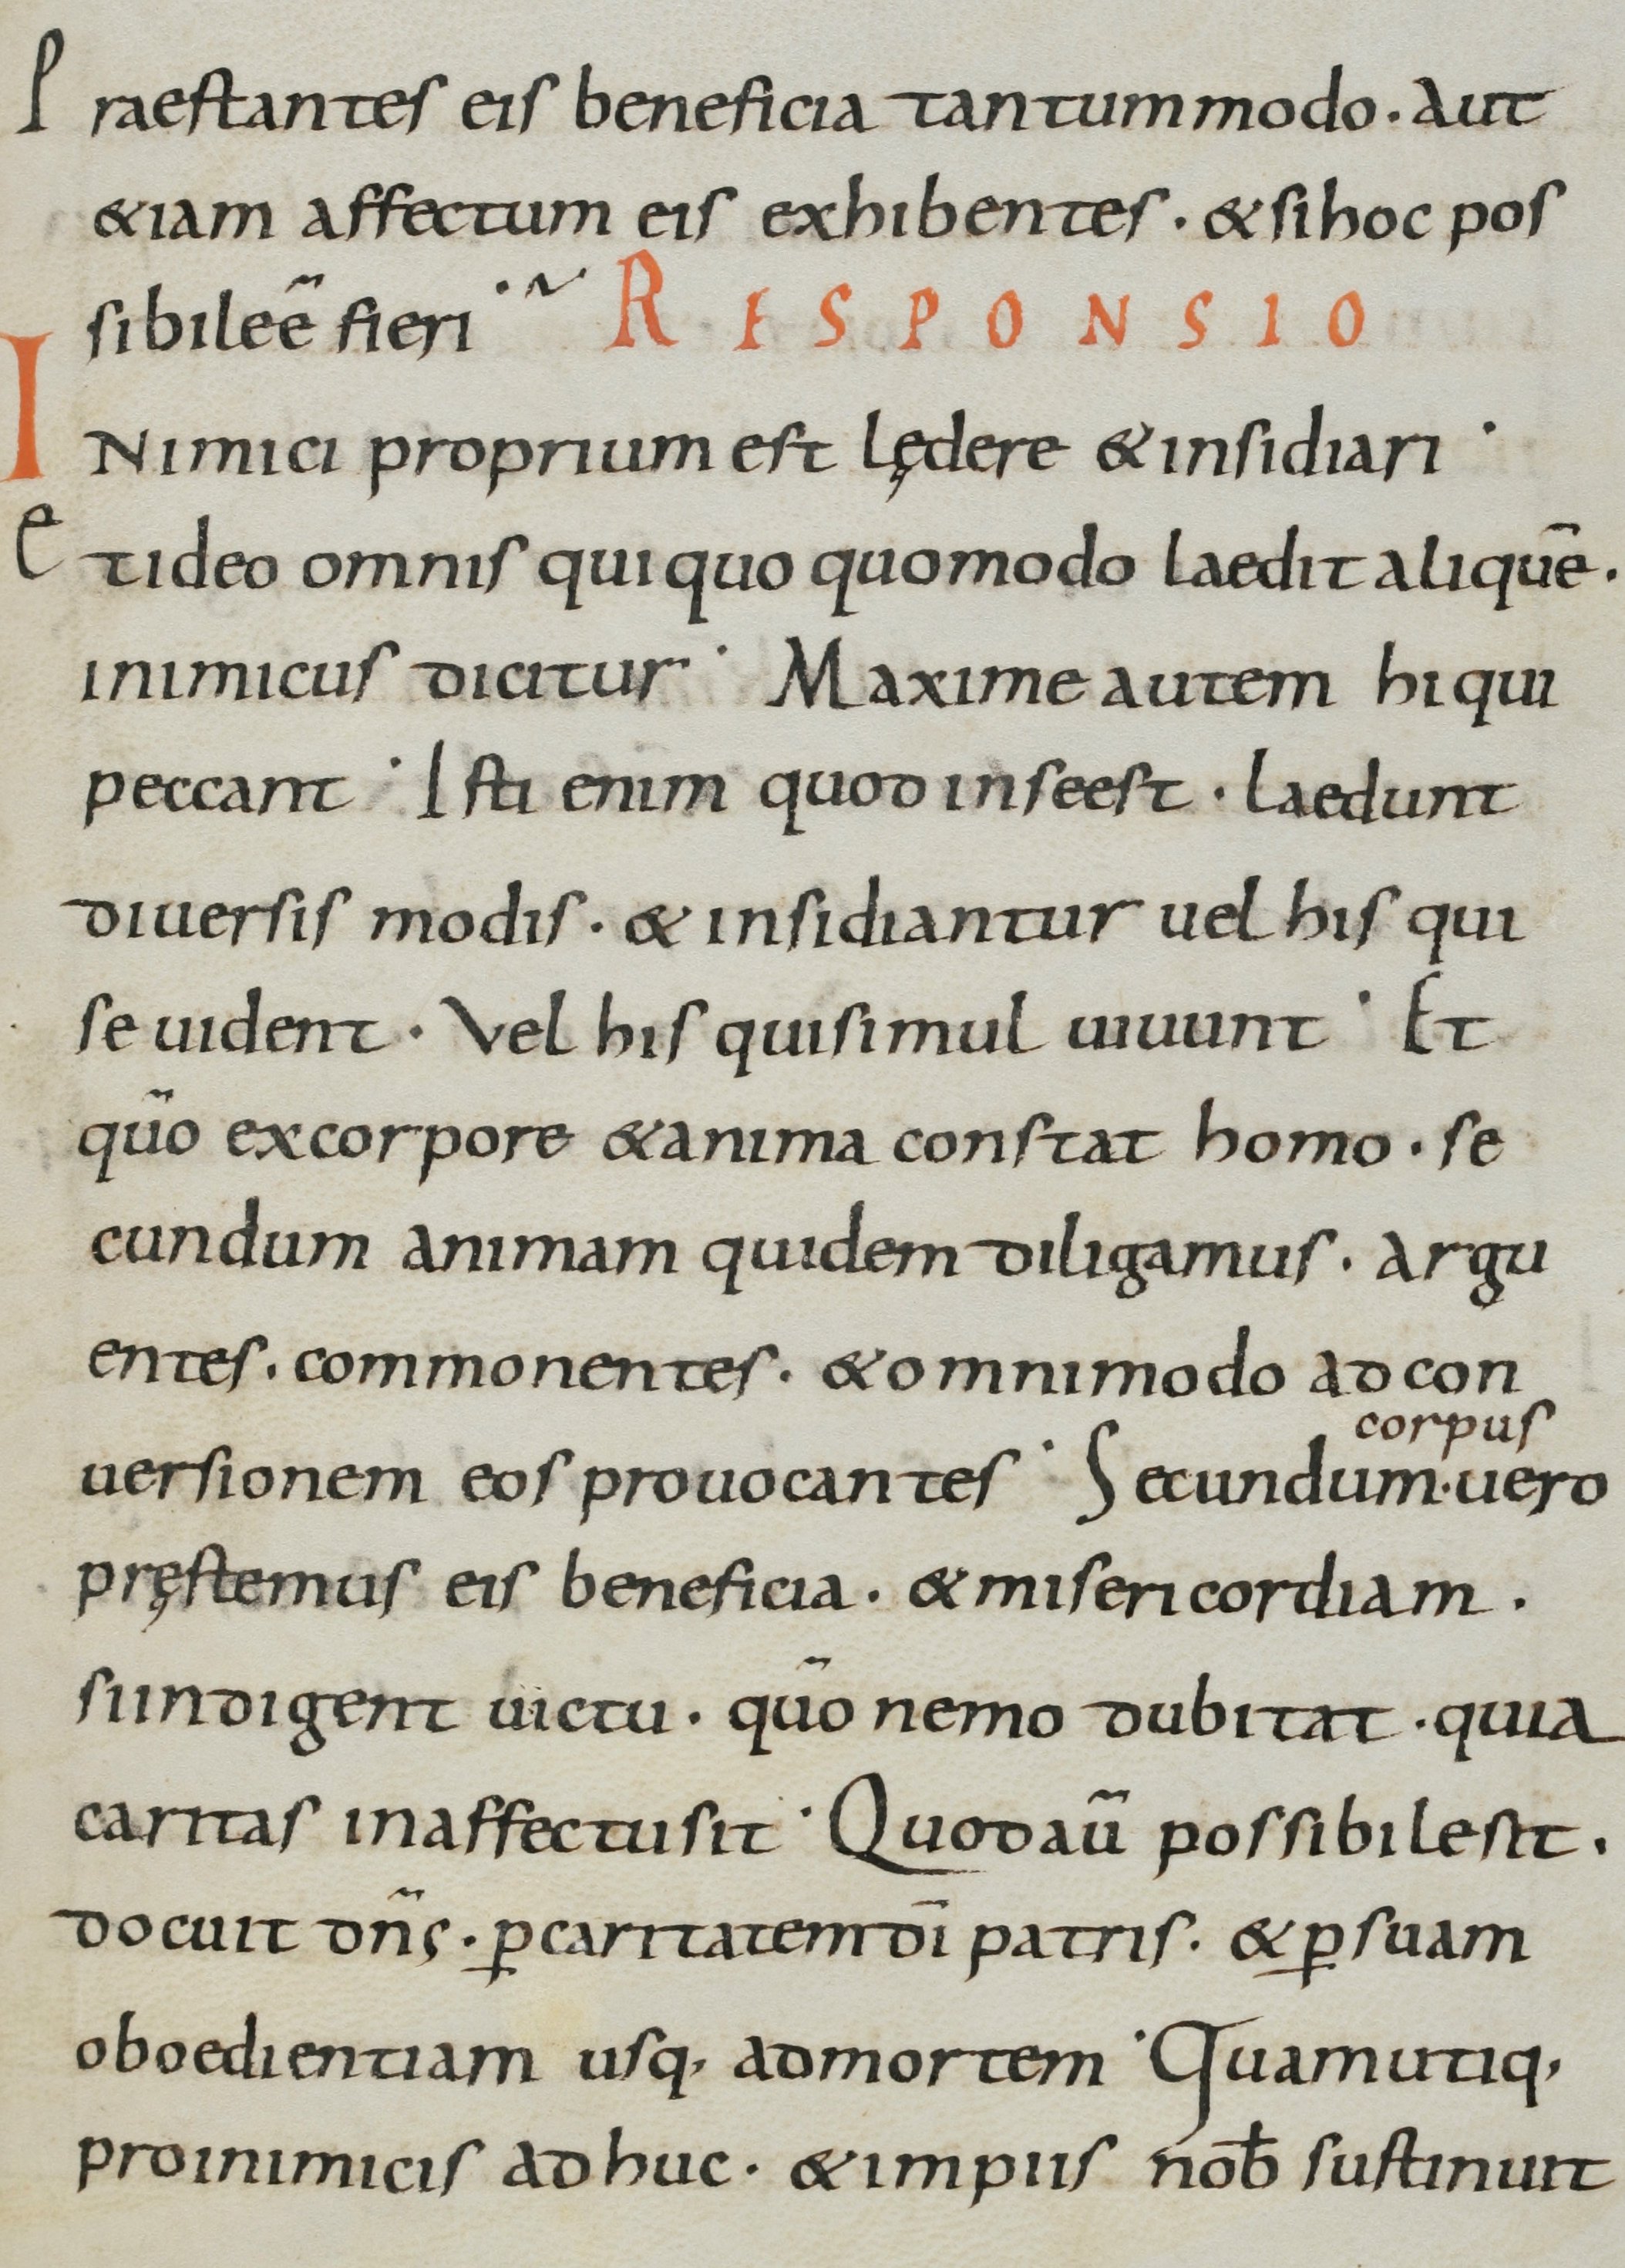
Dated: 800–899